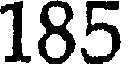
185